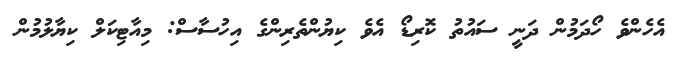
އެހެންވެ ހޯދަމުން ދަނީ ސައުތު ކޮރިޑޯ އެވެ ކިޔުންތެރިންގެ އިހުސާސް: މިއާޓިކަލް ކިޔާލުމުން